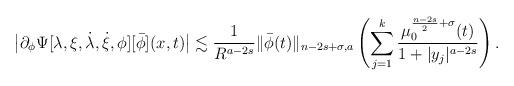
LaTeX: \begin{align*}\big|\partial_{\phi}\Psi[\lambda,\xi,\dot{\lambda},\dot{\xi},\phi][\bar{\phi}](x, t)\big|\lesssim \frac{1}{R^{a-2s}}\|\bar{\phi}(t)\|_{n-2s+\sigma, a}\left(\sum_{j=1}^k\frac{\mu_0^{\frac{n-2s}{2}+\sigma}(t)}{1+|y_j|^{a-2s}}\right).\end{align*}